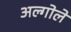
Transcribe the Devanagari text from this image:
अल्गोले